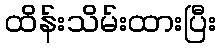
ထိန်းသိမ်းထားပြီး